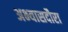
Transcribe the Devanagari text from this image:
अभ्यासदौरा